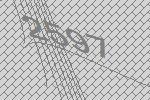
2597